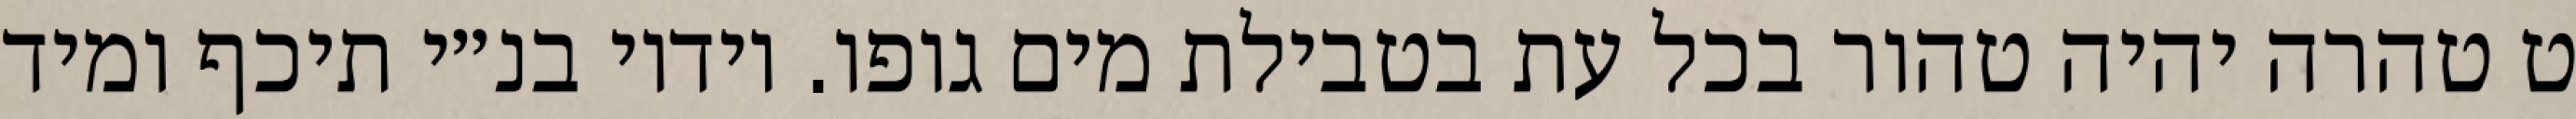
ט טהרה יהיה טהור בכל עת בטבילת מים גופו. וידיו בנ״י תיכף ומיד